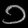
Digit: ၁